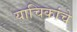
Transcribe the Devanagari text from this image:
याचिकांचे